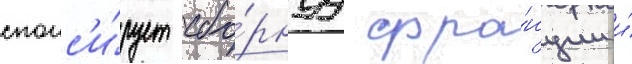
спонс'и́рует сбо́рнуу фра́нции и́